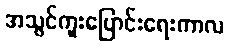
အသွင်ကူးပြောင်းရေးကာလ